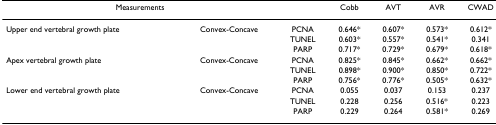
<table><thead><tr><td colspan="2"><b>Measurements</b></td><td></td><td><b>Cobb</b></td><td><b>AVT</b></td><td><b>AVR</b></td><td><b>CWAD</b></td></tr></thead><tbody><tr><td>Upper end vertebral growth plate</td><td>Convex-Concave</td><td>PCNA</td><td>0.646*</td><td>0.607*</td><td>0.573*</td><td>0.612*</td></tr><tr><td></td><td></td><td>TUNEL</td><td>0.603*</td><td>0.557*</td><td>0.541*</td><td>0.341</td></tr><tr><td></td><td></td><td>PARP</td><td>0.717*</td><td>0.729*</td><td>0.679*</td><td>0.618*</td></tr><tr><td>Apex vertebral growth plate</td><td>Convex-Concave</td><td>PCNA</td><td>0.825*</td><td>0.845*</td><td>0.662*</td><td>0.662*</td></tr><tr><td></td><td></td><td>TUNEL</td><td>0.898*</td><td>0.900*</td><td>0.850*</td><td>0.722*</td></tr><tr><td></td><td></td><td>PARP</td><td>0.756*</td><td>0.776*</td><td>0.505*</td><td>0.632*</td></tr><tr><td>Lower end vertebral growth plate</td><td>Convex-Concave</td><td>PCNA</td><td>0.055</td><td>0.037</td><td>0.153</td><td>0.237</td></tr><tr><td></td><td></td><td>TUNEL</td><td>0.228</td><td>0.256</td><td>0.516*</td><td>0.223</td></tr><tr><td></td><td></td><td>PARP</td><td>0.229</td><td>0.264</td><td>0.581*</td><td>0.269</td></tr></tbody></table>